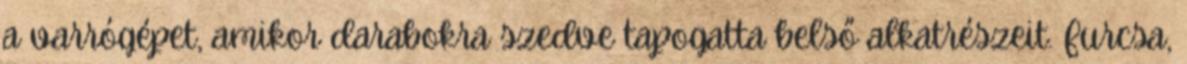
a varrógépet, amikor darabokra szedve tapogatta belső alkatrészeit. Furcsa,